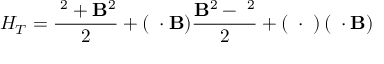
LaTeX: { \cal H } _ { T } = \frac { { \bf \pi } ^ { 2 } + { \bf B } ^ { 2 } } { 2 } + ( { \bf \theta } \cdot { \bf B } ) \frac { { \bf B } ^ { 2 } - { \bf \pi } ^ { 2 } } { 2 } + \left( { \bf \theta } \cdot { \bf \pi } \right) \left( { \bf \pi } \cdot { \bf B } \right)